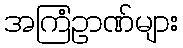
အကြံဥာဏ်များ